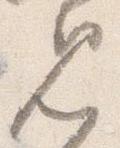
見